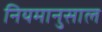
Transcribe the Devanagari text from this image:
नियमानुसाल